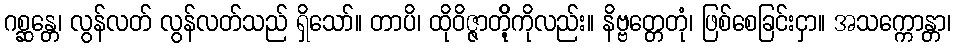
ဂစ္ဆန္တေ၊ လွန်လတ် လွန်လတ်သည် ရှိသော်။ တာပိ၊ ထိုဝိဇ္ဇာတိို့ကိုလည်း။ နိဗ္ဗတ္တေတုံ၊ ဖြစ်စေခြင်းငှာ။ အသက္ကောန္တာ၊